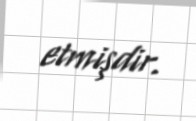
etmişdir.